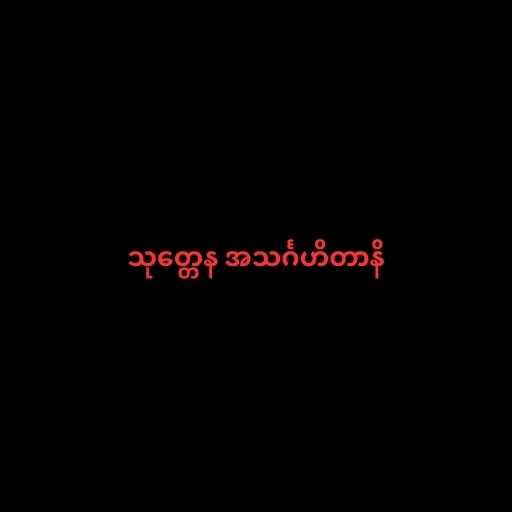
သုတ္တေန အသင်္ဂဟိတာနိ